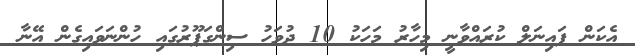
އެކަން ފައިނަލް ކުރައްވާނީ މިހާރު މަހަކު 10 ދުވަހު ސިންގަޕޫރުގައި ހުންނަވައިގެން އޭނާ